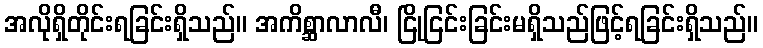
အလိုရှိတိုင်းရခြင်းရှိသည်။ အကိစ္ဆာလာလီ၊ ငြိုငြင်းခြင်းမရှိသည်ဖြင့်ရခြင်းရှိသည်။